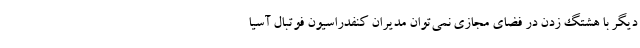
دیگر با هشتگ زدن در فضای مجازی نمی‌توان مدیران کنفدراسیون فوتبال آسیا